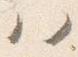
ハ